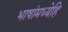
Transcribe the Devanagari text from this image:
भाषांमध्येहि